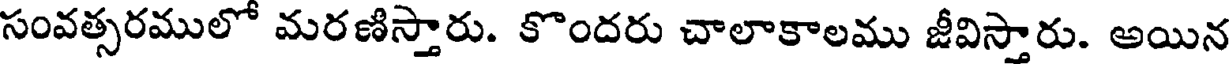
సంవత్సరములో మరణిస్తారు. కొందరు చాలాకాలము జీవిస్తారు. అయిన